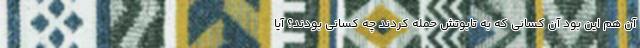
آن هم این بود آن کسانی که به تابوتش حمله کردند چه کسانی بودند؟ آیا